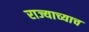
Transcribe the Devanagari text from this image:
राज्याच्याच